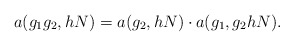
\begin{align*}a(g_1 g_2, hN) = a(g_2, hN)\cdot a(g_1, g_2 hN). \end{align*}